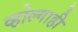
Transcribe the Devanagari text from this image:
व्होल्गाही